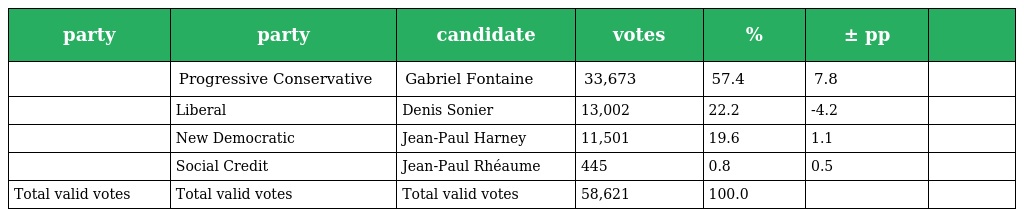
| party | party | candidate | votes | % | ± pp |  |
 | --- | --- | --- | --- | --- | --- | --- |
 |  | Progressive Conservative | Gabriel Fontaine | 33,673 | 57.4 | 7.8 |  |
 |  | Liberal | Denis Sonier | 13,002 | 22.2 | -4.2 |  |
 |  | New Democratic | Jean-Paul Harney | 11,501 | 19.6 | 1.1 |  |
 |  | Social Credit | Jean-Paul Rhéaume | 445 | 0.8 | 0.5 |  |
 | Total valid votes | Total valid votes | Total valid votes | 58,621 | 100.0 |  |  |